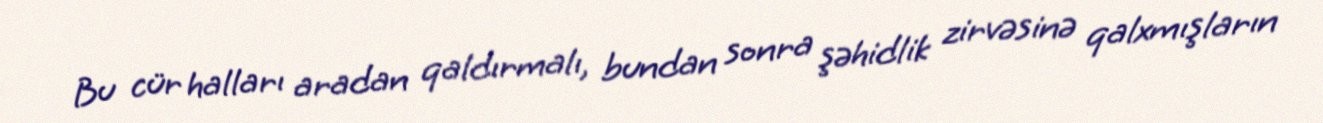
Bu cür halları aradan qaldırmalı, bundan sonra şəhidlik zirvəsinə qalxmışların